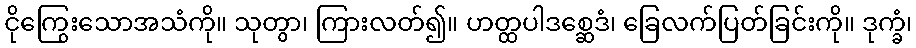
ငိုကြွေးသောအသံကို။ သုတွာ၊ ကြားလတ်၍။ ဟတ္ထပါဒစ္ဆေဒံ၊ ခြေလက်ပြတ်ခြင်းကို။ ဒုက္ခံ၊